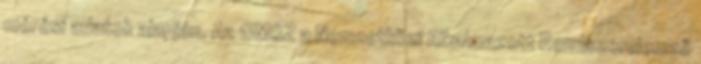
mérési adatok alapján. Az OMSZ a Nemzetközi Alkalmazott Rendszerelemző